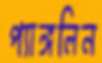
প্যাঙ্গলিন